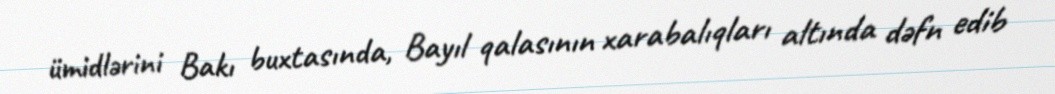
ümidlərini Bakı buxtasında, Bayıl qalasının xarabalıqları altında dəfn edib